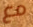
مع